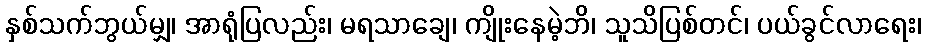
နှစ်သက်ဘွယ်မျှ၊ အာရုံပြလည်း၊ မရသာချေ၊ ကျိုးနေမဲ့ဘိ၊ သူသိပြစ်တင်၊ ပယ်ခွင်လာရေး၊